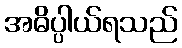
အဓိပ္ပါယ်ရသည်